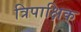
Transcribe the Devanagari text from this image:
त्रिपाक्षिक